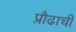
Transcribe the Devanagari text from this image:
प्रौढाची